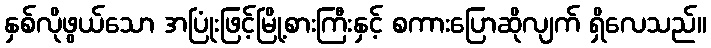
နှစ်လိုဖွယ်သော အပြုံးဖြင့်မြို့စားကြီးနှင့် စကားပြောဆိုလျက် ရှိလေသည်။